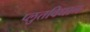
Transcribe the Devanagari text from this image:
प्लुतविधान